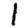
Digit: 1